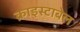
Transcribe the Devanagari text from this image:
क्राइस्टाबेल